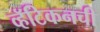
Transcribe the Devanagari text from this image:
व्हॅटिकनची